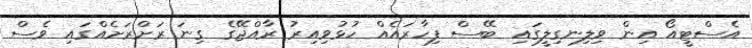
އެސްޓީއޯ އިން ވިލިނގިލީގައި ބޭސް ފިހާރައެއް ހުޅުވިއިރު ރާއްޖޭގެ ގިނަ ރަށްރަށެއްގައި ވެސް